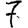
Digit: 7